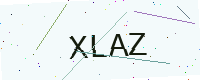
Text: XLAZ